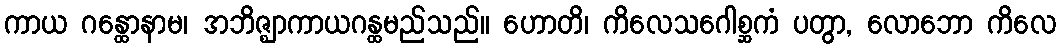
ကာယ ဂန္ထောနာမ၊ အဘိဇ္ဈာကာယဂန္ထမည်သည်။ ဟောတိ၊ ကိလေသဂေါစ္ဆကံ ပတွာ, လောဘော ကိလေ